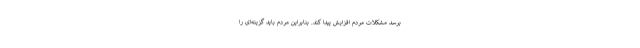
برسد مشکلات مردم افزایش پیدا کند. بنابراین مردم باید گزینه‌ای را